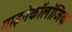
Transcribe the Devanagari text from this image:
गाइनेकॉलॉजिक